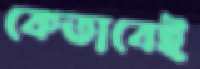
কেতাবেই